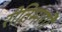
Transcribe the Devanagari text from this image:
रीतिमार्गी